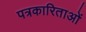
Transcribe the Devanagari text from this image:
पत्रकारिताओं